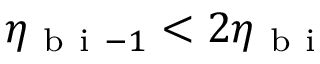
\eta _ { \mathrm { ~ b ~ i ~ } - 1 } < 2 \eta _ { \mathrm { ~ b ~ i ~ } }